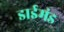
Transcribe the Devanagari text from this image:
डाईमंड